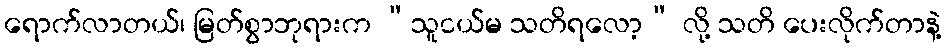
ရောက်လာတယ်၊ မြတ်စွာဘုရားက “သူငယ်မ သတိရလော့” လို့ သတိ ပေးလိုက်တာနဲ့